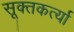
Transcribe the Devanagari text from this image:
सूक्तकर्त्या